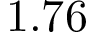
1 . 7 6